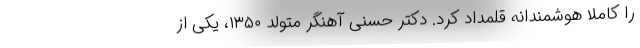
را کاملا هوشمندانه قلمداد کرد. دکتر حسنی آهنگر متولد ۱۳۵۰، یکی از